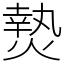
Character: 𭵴